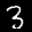
Label: 3